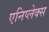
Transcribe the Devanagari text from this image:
एनिप्लेक्स